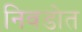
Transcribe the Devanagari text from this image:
निवडोत